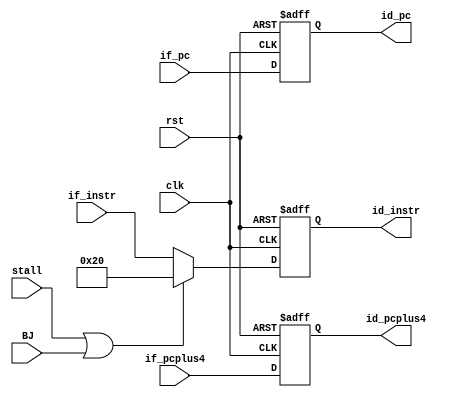
module IF_ID(clk,rst,if_pcplus4, stall, BJ,
	if_instr,id_pcplus4, id_instr,if_pc,id_pc
    );
	input clk,rst,stall, BJ;
	input wire [31:0] if_pcplus4,if_instr,if_pc;
	output reg [31:0] id_pcplus4,id_instr,id_pc;

	always @(posedge clk or posedge rst)
	begin
		if(rst)
		begin
			id_pcplus4 <= 4;
			id_instr <= 32'b100000;
			id_pc<=0;
		end
		else if(stall | BJ)
		begin
			id_pcplus4 <= if_pcplus4;
			id_instr <= 32'b100000;
			id_pc<=if_pc;
		end
		else
		begin
			id_pcplus4 <= if_pcplus4;
			id_instr <= if_instr;
			id_pc<=if_pc;
		end
	end
endmodule